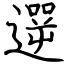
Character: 遻